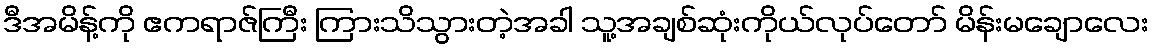
ဒီအမိန့်ကို ဧကရာဇ်ကြီး ကြားသိသွားတဲ့အခါ သူ့အချစ်ဆုံးကိုယ်လုပ်တော် မိန်းမချောလေး